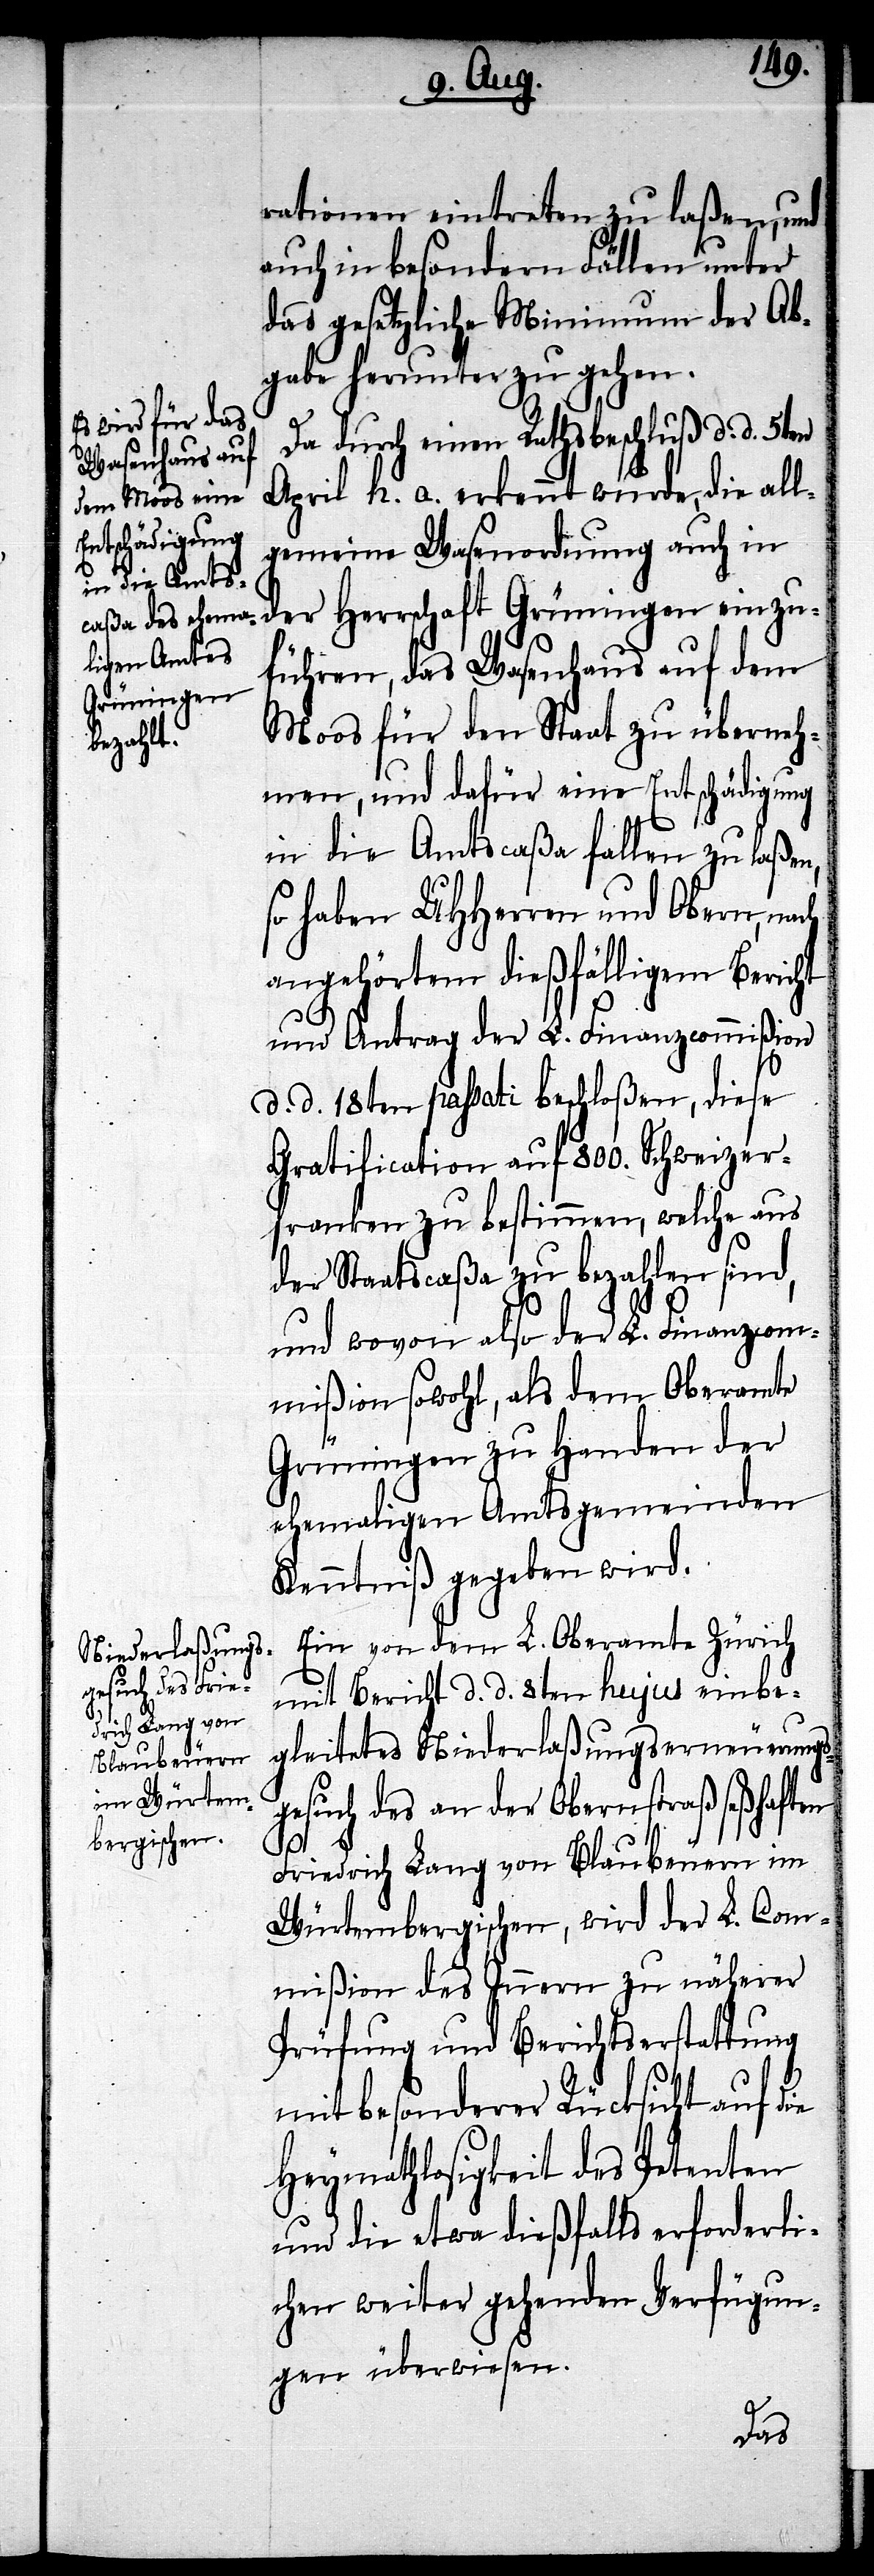
rationen eintreten zu laßen, und
auch in besondern Fällen unter
das gesetzliche Minimum der Ab¬
gabe herunter zu gehen.
Da durch einen Rathsbeschluß d. d. 5ten
April h. a. erkennt wurde, die all¬
gemeine Wasenordnung auch in
der Herrschaft Grüningen einzu¬
führen, das Wasenhaus auf dem
Moos für den Staat zu überneh¬
men, und dafür eine Entschädigung
in die Amtscaßa fallen zu laßen,
so haben UHHerren und Obern, nach
angehörtem dießfälligem Bericht
und Antrag der L. Finanzcommißion
d. d. 18ten passati beschloßen, diese
Gratification auf 800. Schweizer¬
franken zu bestimmen, welche aus
der Staatscaßa zu bezahlen sind,
und wovon also der L. Finanzcom¬
mißion sowohl, als dem Oberamte
Grüningen zu Handen der
ehemaligen Amtsgemeinden
Kenntniß gegeben wird.
Ein von dem L. Oberamte Zürich
mit Bericht d. d. 8ten hujus einbe¬
gleitetes Niederlaßungserneuerungs¬
gesuch des an der Obernstraß seßhaften
Friedrich Lang von Blaubeuern im
Würtembergischen, wird der L. Com¬
mißon des Innern zu näherer
Prüfung und Berichterstattung
mit besonderer Rücksicht auf die
Heymathlosigkeit des Petenten
und die etwa dießfalls erforderli¬
chen weiter gehenden Verfügun¬
gen überwiesen.